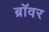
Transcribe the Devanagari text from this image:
ब्रॉवर